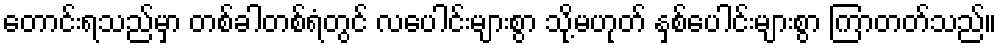
တောင်းရသည်မှာ တစ်ခါတစ်ရံတွင် လပေါင်းများစွာ သို့မဟုတ် နှစ်ပေါင်းများစွာ ကြာတတ်သည်။